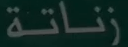
زناتة